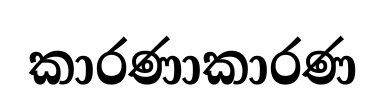
කාරණාකාරණ